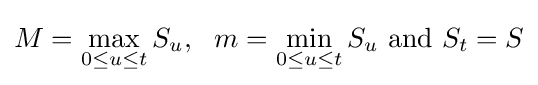
M=\max _{0\leq u\leq t}S_{u},~~m=\min _{0\leq u\leq t}S_{u}{\text{ and }}S_{t}=S